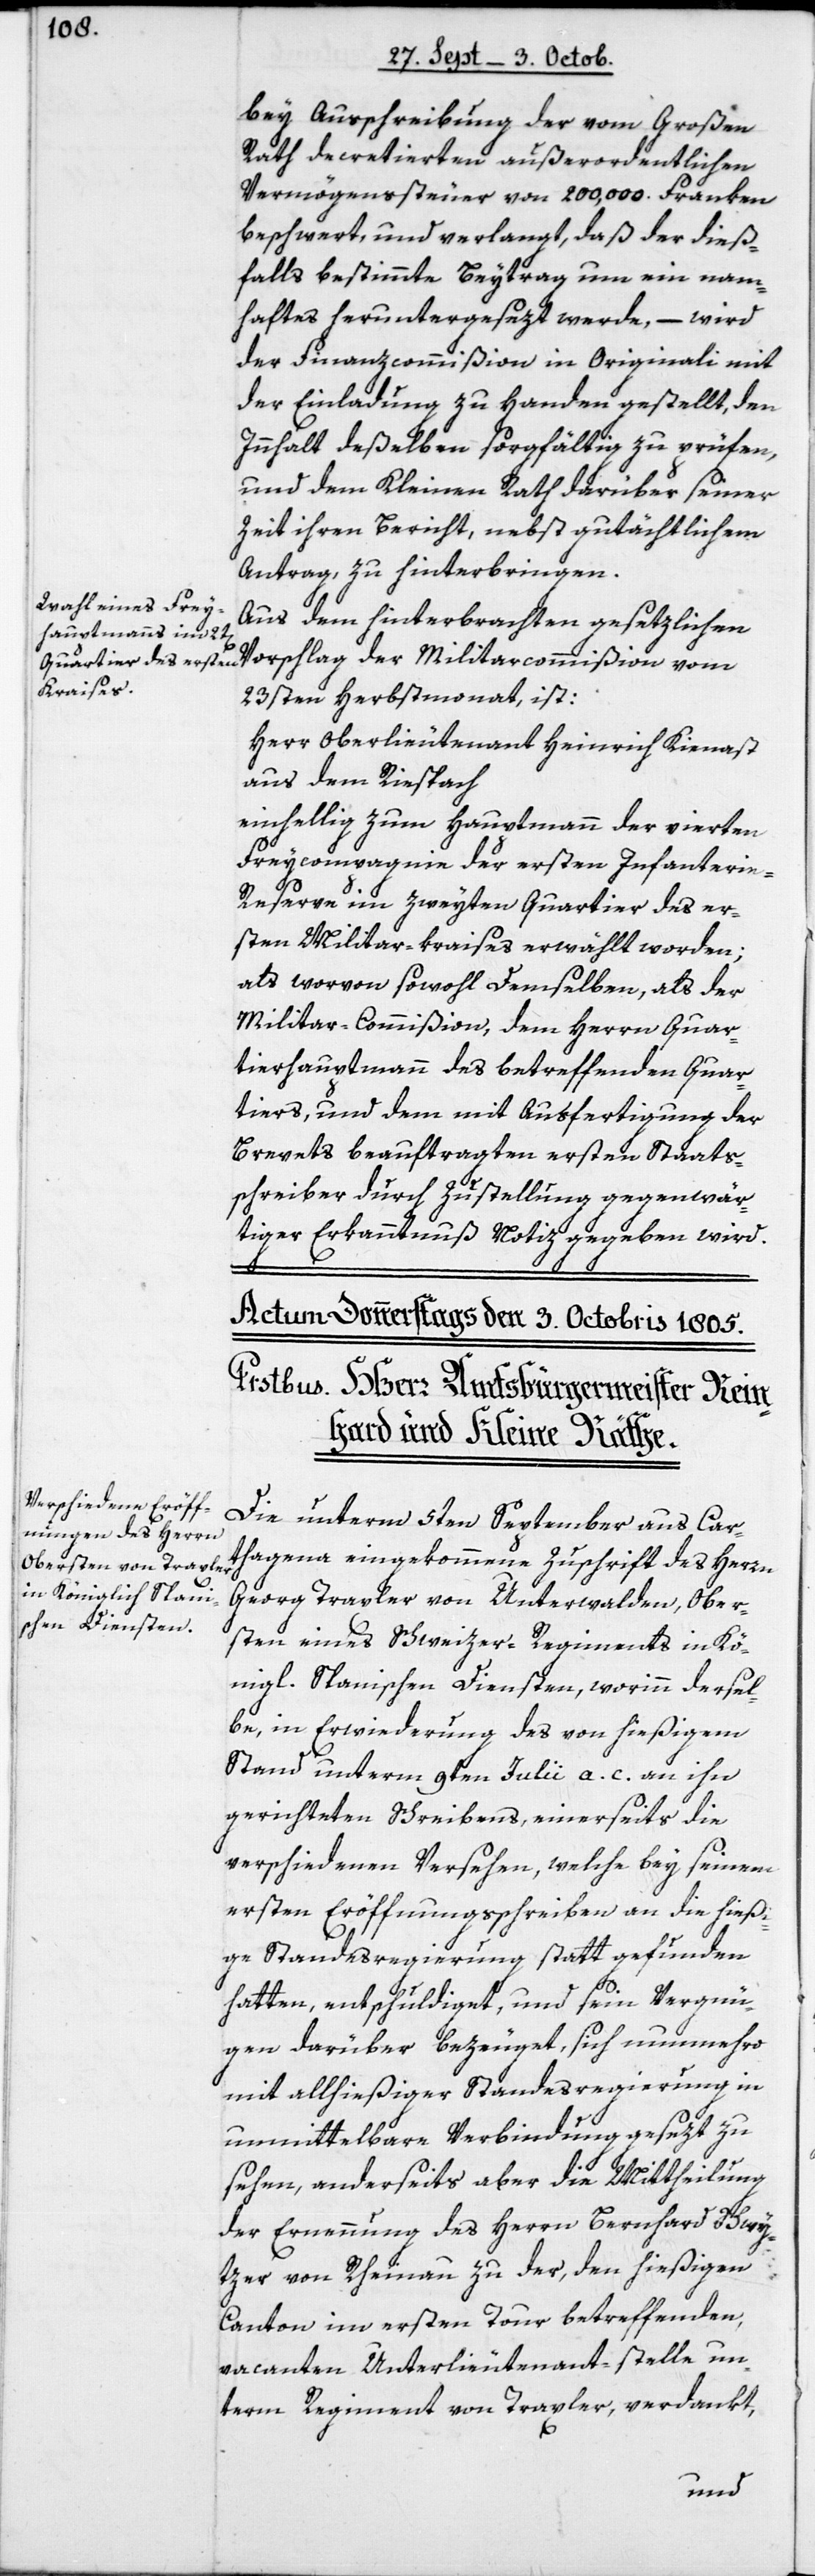
bey Ausschreibung der vom Großen
Rath decretierten außerordentlichen
Vermögenssteuer von 200'000. Franken
beschwert, und verlangt, daß der dieß¬
falls bestimmte Beytrag um ein nam¬
haftes heruntergesezt werde, – wird
der Finanzcommißion in Originali mit
der Einladung zu Handen gestellt, den
Innhalt deßelben sorgfältig zu prüfen,
und dem Kleinen Rath darüber seiner
Zeit ihren Bericht, nebst gutächtlichem
Antrag, zu hinterbingen.
Aus dem hinterbrachten gesetzlichen
23sten Herbstmonat ist:
Herr Oberlieutenant Heinrich Kienast
aus dem Riespach,
einhellig zum Hauptmann der vierten
Freycopmagnie der ersten Infanteri¬
e-Reserve im zweyten Quartier des er¬
sten Militar-kraises erwählt worden;
als worvon sowohl Demselben als der
Militar-Commißion, dem Herrn Quar¬
tierhauptmann des betreffenden Quar¬
tiers, und dem mit Ausfertigung der
Brevets beauftragten ersten Staats¬
schreiber durch Zustellung gegenwär¬
tiger Erkanntnuß Notiz gegeben wird.
Vorschlag der Militarcommißion vom
Die unterm 5ten September aus Car¬
thagena eingekommene Zuschrift des Herrn
Georg Traxler von Unterwalden, Ober¬
sten eines Schweizer-Regiments in Kö¬
nigl. Spanischen Diensten, worinn dersel¬
be, in Erwiderung des von hießigem
Stand unterm 9ten Julii a. c. an ihn
gerichteten Schreibens, einerseits die
verschiedenen Versehen, welche bey seinem
ersten Eröffnungsschreiben an die hießi¬
ge Standesregierung statt gefunden
hatten, entschuldiget, und sein Vergnü¬
gen darüber bezeuget, sich nunmehro
mit allhießiger Standesregierung in
unmittelbare Verbindung gesezt zu
sehen, anderseits aber die Mittheilung
der Ernennung des Herrn Bernhard Schwy¬
tzer von Rheinau zu der, den hießigen
Canton im ersten Tour betreffenden,
vacanten Unterlieutenant-stelle un¬
term Regiment von Traxler verdankt,